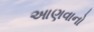
આણવાનો